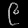
Digit: ၉